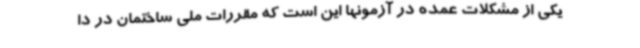
یکی از مشکلات عمده در آزمونها این است که مقررات ملی ساختمان در دا